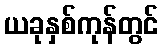
ယခုနှစ်ကုန်တွင်